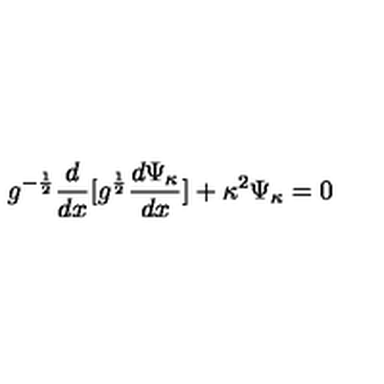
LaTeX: g ^ { - \frac { 1 } { 2 } } \frac { d } { d x } [ g ^ { \frac { 1 } { 2 } } \frac { d \Psi _ { \kappa } } { d x } ] + \kappa ^ { 2 } \Psi _ { \kappa } = 0